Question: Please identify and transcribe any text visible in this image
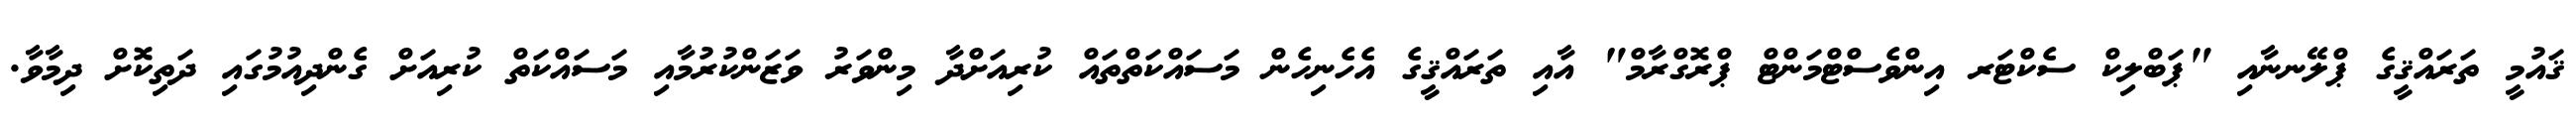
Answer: ޤައުމީ ތަރައްޤީގެ ޕްލޭނނާއި "ޕަބްލިކް ސެކްޓަރ އިންވެސްޓްމަންޓް ޕްރޮގްރާމް" އާއި ތަރައްޤީގެ އެހެނިހެން މަސައްކަތްތައް ކުރިއަށްދާ މިންވަރު ވަޒަންކުރުމާއި މަސައްކަތް ކުރިއަށް ގެންދިއުމުގައި ދަތިކޮށް ދިމާވާ.